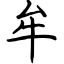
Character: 牟